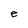
Character: e